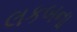
લકબના